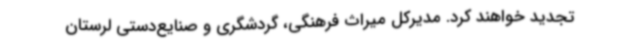
تجدید خواهند کرد. مدیرکل میراث فرهنگی، گردشگری و صنایع‌دستی لرستان